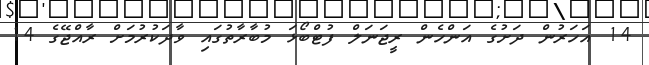
14 އަހަރުން ދަށުގެ އަންހެން ރީޖަނަލް ފުޓްބޯޅަ މުބާރާތުގައި ވާދަކުރުމަށް ރާއްޖޭގެ 14